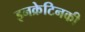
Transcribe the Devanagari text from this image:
इनक्रेटिनकी